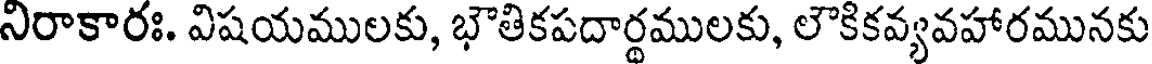
నిరాకారః. విషయములకు, భౌతికపదార్థములకు, లౌకికవ్యవహారమునకు